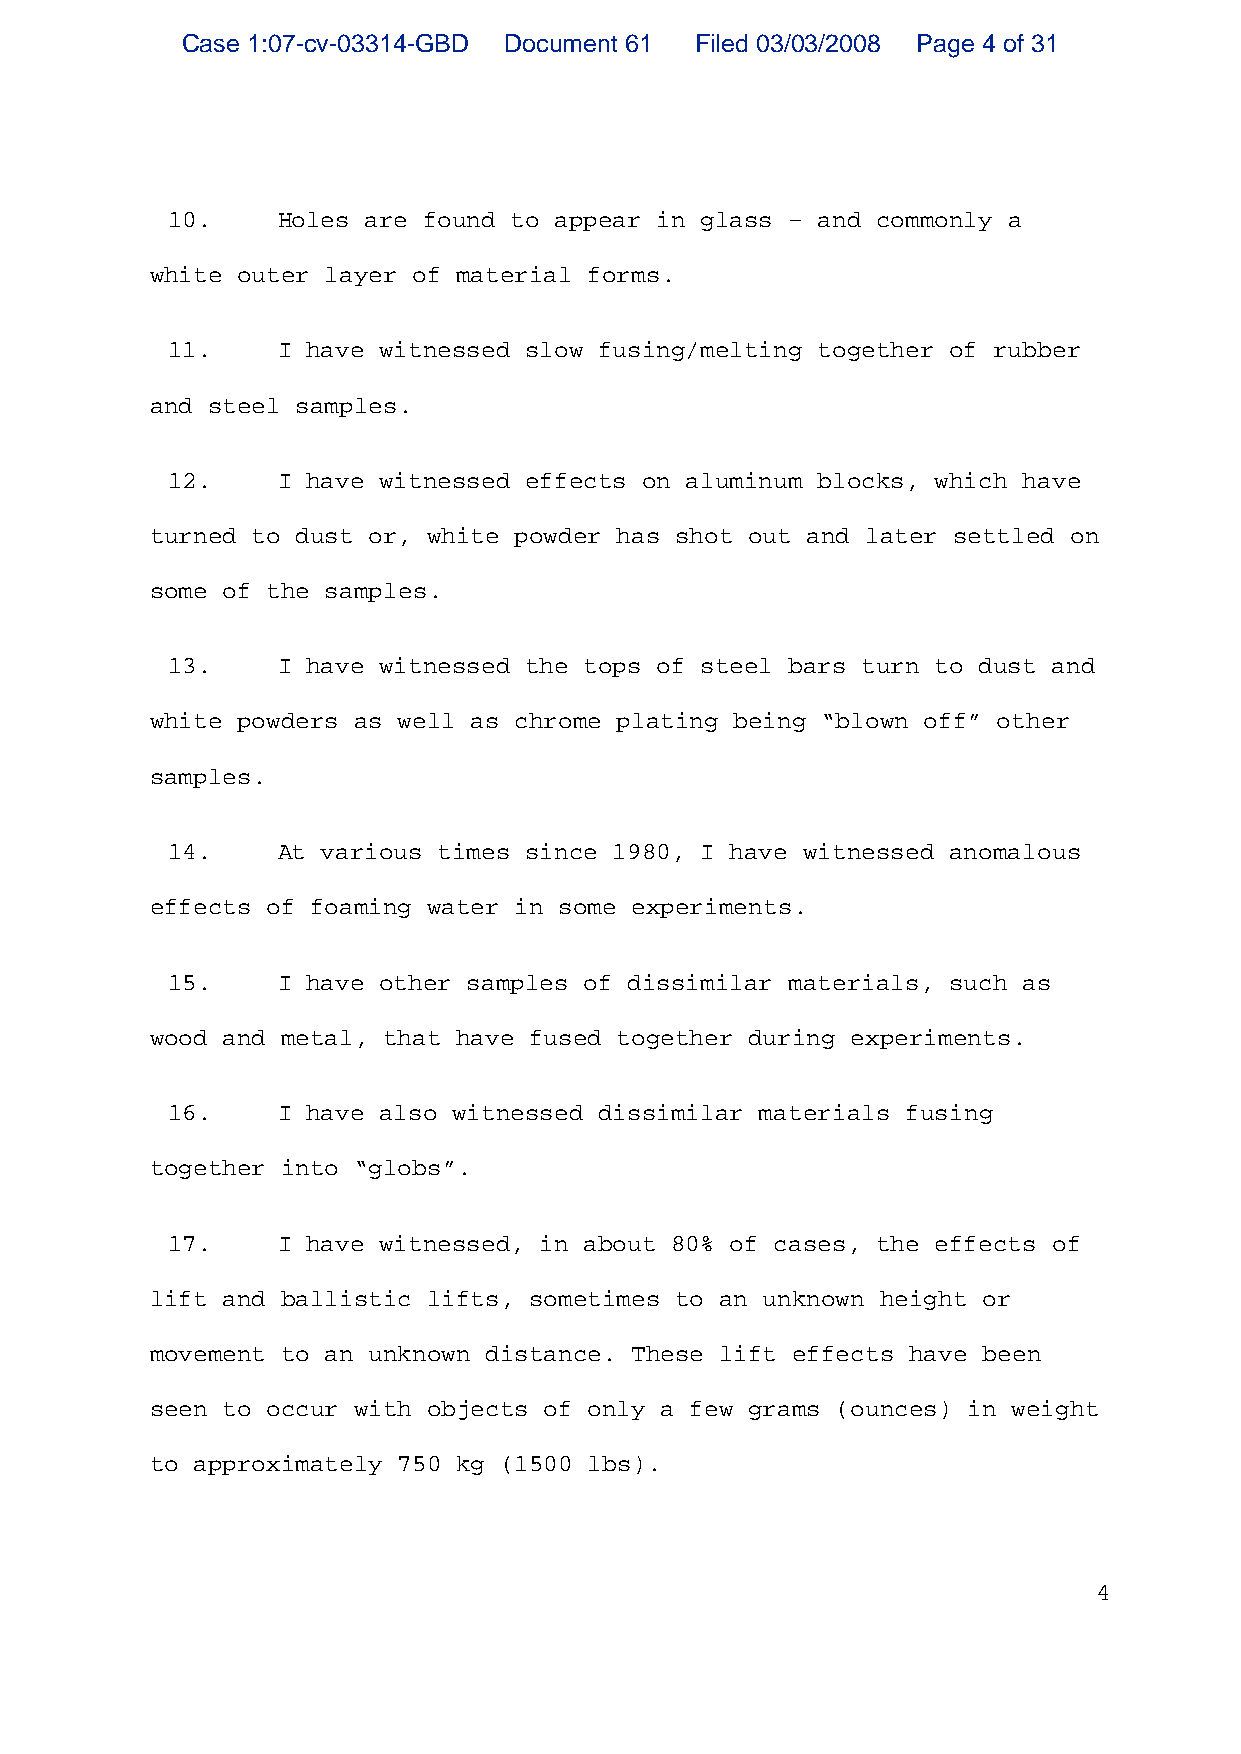
Case 1:07-cv-03314-GBD Document 61 Filed 03/03/2008 Page 4 of 31
 10.    Holes are found to appear in glass – and commonly a
 white outer layer of material forms.
 11.    I have witnessed slow fusing/melting together of rubber
 and steel samples.
 12.    I have witnessed effects on aluminum blocks, which have
 turned to dust or, white powder has shot out and later settled on
 some of the samples.
 13.    I have witnessed the tops of steel bars turn to dust and
 white powders as well as chrome plating being “blown off” other
 samples.
 14.    At various times since 1980, I have witnessed anomalous
 effects of foaming water in some experiments.
 15.    I have other samples of dissimilar materials, such as
 wood and metal, that have fused together during experiments.
 16.    I have also witnessed dissimilar materials fusing
 together into “globs”.
 17.    I have witnessed, in about 80% of cases, the effects of
 lift and ballistic lifts, sometimes to an unknown height or
 movement to an unknown distance. These lift effects have been
 seen to occur with objects of only a few grams (ounces) in weight
 to approximately 750 kg (1500 lbs).
 4